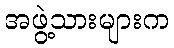
အဖွဲ့သားများက